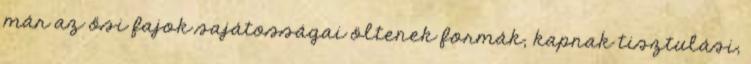
már az ősi fajok sajátosságai öltenek formák, kapnak tisztulási,